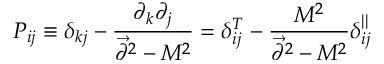
P _ { i j } \equiv \delta _ { k j } - { \frac { \partial _ { k } \partial _ { j } } { \vec { \partial } ^ { 2 } - M ^ { 2 } } } = \delta _ { i j } ^ { T } - { \frac { M ^ { 2 } } { \vec { \partial } ^ { 2 } - M ^ { 2 } } } \delta _ { i j } ^ { | | }